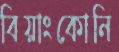
বিয়াংকোনি